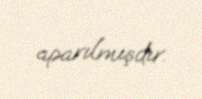
aparılmışdır.